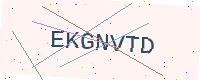
Text: EKGNVTD